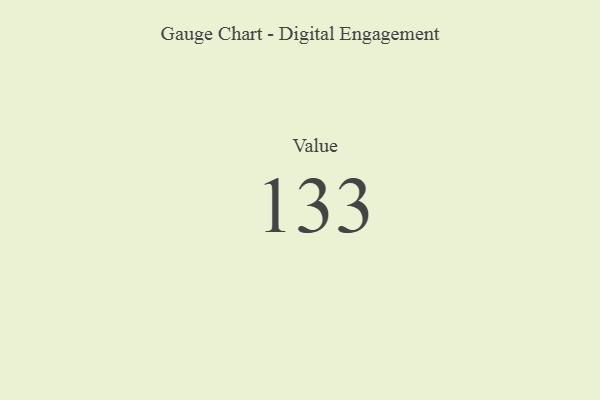
{"axis": {"x": "Metric", "y": "Value"}, "legend": [""], "data": [{"x": "Value", "y": 133, "type": ""}]}